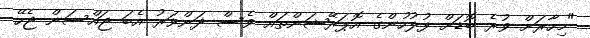
"މިހާރަށް ވުރެ ބޮޑަށް ފުލުހުންގެ އޮޕަރޭޝަންތައް ވެސް ދަންވަރު އެބަ ޖައްސަން ޖެހޭ